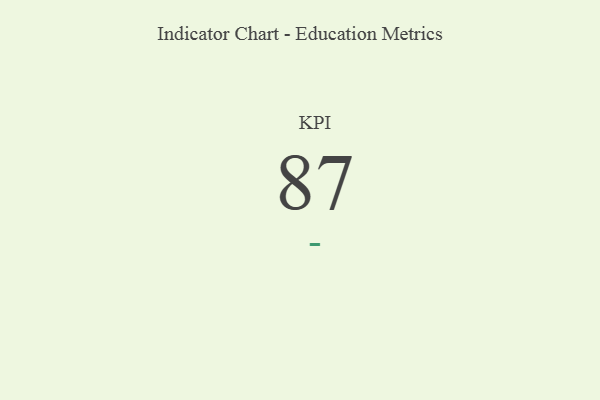
{"axis": {"x": "KPI", "y": "Value"}, "legend": [""], "data": [{"x": "KPI", "y": 87, "type": ""}]}